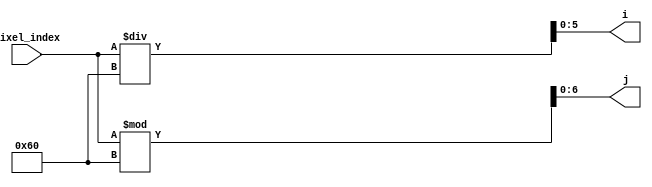
`timescale 1ns / 1ps

module IJKCoor(
    input [12:0] pixel_index,
    output reg [5:0]i,
    output reg [6:0]j
    );
    
    always @ (*) begin
     i = pixel_index / 96;
     j = pixel_index % 96;
    end
    
endmodule